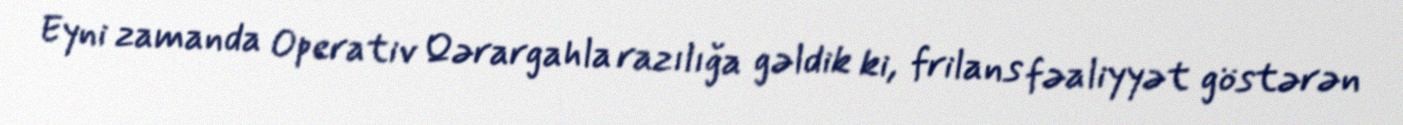
Eyni zamanda Operativ Qərargahla razılığa gəldik ki, frilans fəaliyyət göstərən